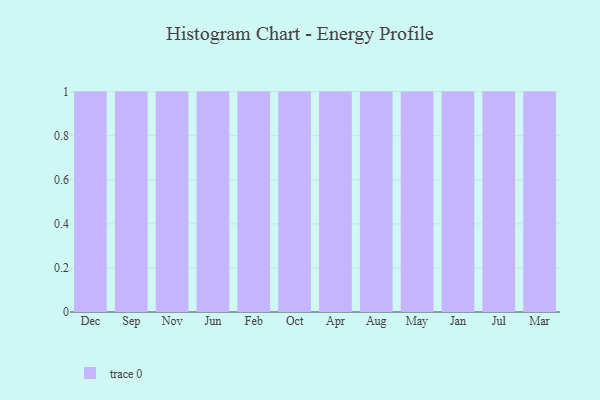
{"axis": {"x": "Month", "y": "Bounce Rate (%)"}, "legend": [""], "data": [{"x": "Dec", "y": 92, "type": ""}, {"x": "Sep", "y": 55, "type": ""}, {"x": "Nov", "y": 95, "type": ""}, {"x": "Jun", "y": 11, "type": ""}, {"x": "Feb", "y": 33, "type": ""}, {"x": "Oct", "y": 55, "type": ""}, {"x": "Apr", "y": 62, "type": ""}, {"x": "Aug", "y": 49, "type": ""}, {"x": "May", "y": 45, "type": ""}, {"x": "Jan", "y": 40, "type": ""}, {"x": "Jul", "y": 96, "type": ""}, {"x": "Mar", "y": 64, "type": ""}]}